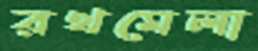
রথমেলা